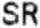
SR